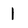
Character: 1